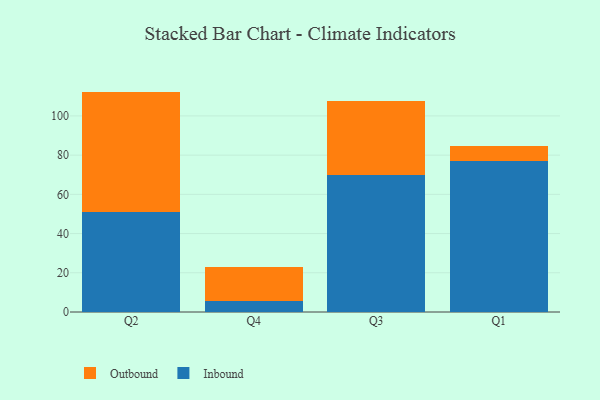
{"axis": {"x": "Quarter", "y": "Market Share (%)"}, "legend": ["Inbound", "Outbound"], "data": [{"x": "Q2", "y": 51.2, "type": "Inbound"}, {"x": "Q2", "y": 61.2, "type": "Outbound"}, {"x": "Q4", "y": 5.5, "type": "Inbound"}, {"x": "Q4", "y": 17.2, "type": "Outbound"}, {"x": "Q3", "y": 70.0, "type": "Inbound"}, {"x": "Q3", "y": 37.4, "type": "Outbound"}, {"x": "Q1", "y": 76.9, "type": "Inbound"}, {"x": "Q1", "y": 7.6, "type": "Outbound"}]}